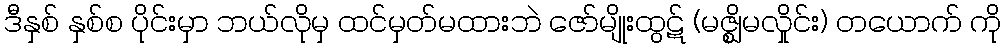
ဒီနှစ် နှစ်စ ပိုင်းမှာ ဘယ်လိုမှ ထင်မှတ်မထားဘဲ ဇော်မျိုးထွဋ် (မဇ္စ္ဈိမလှိုင်း) တယောက် ကို